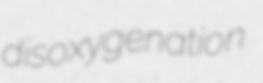
disoxygenation